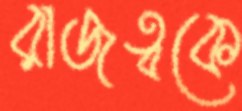
রাজত্বকে